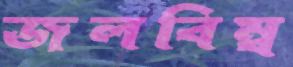
জলবিম্ব